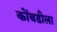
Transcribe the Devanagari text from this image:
कोंबडीला